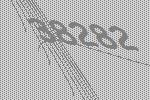
38282